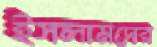
ইসলামদের